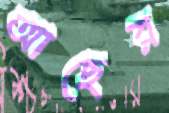
আছের